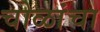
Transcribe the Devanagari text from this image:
चोळांचा